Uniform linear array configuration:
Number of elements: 48
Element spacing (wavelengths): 0.25
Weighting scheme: blackman
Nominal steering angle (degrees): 0
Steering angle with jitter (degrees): -0.3355
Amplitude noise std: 0.05
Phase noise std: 0.05

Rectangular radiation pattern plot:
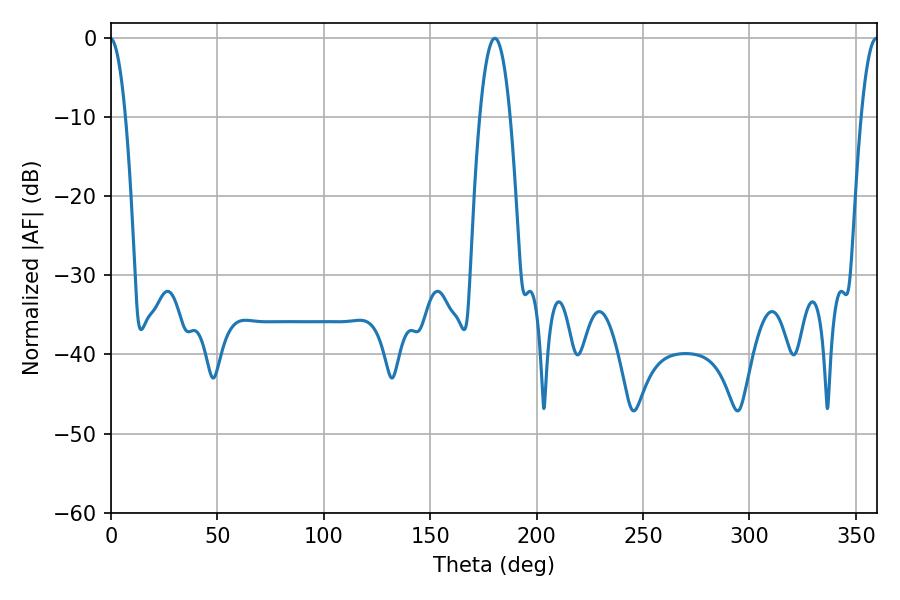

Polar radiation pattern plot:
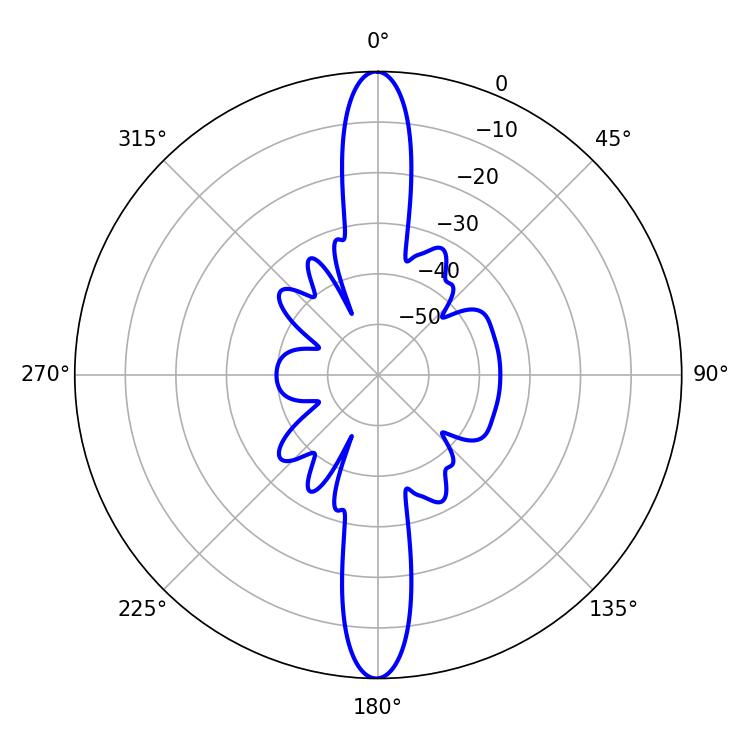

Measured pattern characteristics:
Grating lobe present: FALSE
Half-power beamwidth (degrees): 7.92
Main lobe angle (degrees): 180.36